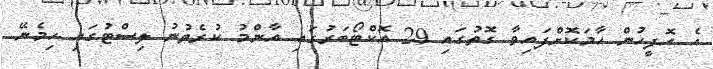
އެ އޮފީހުން ހާމަކޮށްފައިވާ ގޮތުގައި 29 އޮކްޓޯބަރުގައި އާންމު ކުރެވުނު ލިސްޓުގައި ހިމެނޭ